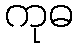
ကုဓ